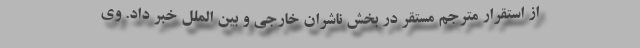
از استقرار مترجم مستقر در بخش ناشران خارجی و بین الملل خبر داد. وی